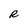
Character: R